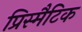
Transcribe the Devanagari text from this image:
प्रिस्मैटिक